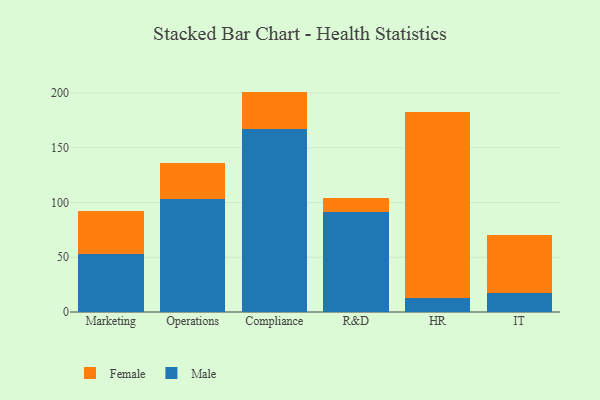
{"axis": {"x": "Department", "y": "Demand Index"}, "legend": ["Female", "Male"], "data": [{"x": "Marketing", "y": 52.7, "type": "Male"}, {"x": "Marketing", "y": 39.4, "type": "Female"}, {"x": "Operations", "y": 102.8, "type": "Male"}, {"x": "Operations", "y": 33.3, "type": "Female"}, {"x": "Compliance", "y": 166.8, "type": "Male"}, {"x": "Compliance", "y": 34.5, "type": "Female"}, {"x": "R&D", "y": 91.0, "type": "Male"}, {"x": "R&D", "y": 13.1, "type": "Female"}, {"x": "HR", "y": 13.1, "type": "Male"}, {"x": "HR", "y": 169.3, "type": "Female"}, {"x": "IT", "y": 17.1, "type": "Male"}, {"x": "IT", "y": 53.3, "type": "Female"}]}